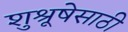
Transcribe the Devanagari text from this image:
शुश्रूषेसाठी